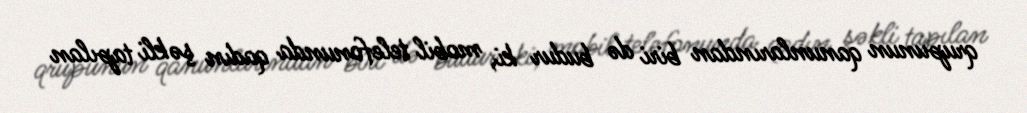
qrupunun qanunlarından biri də budur ki, mobil telefonunda qadın şəkli tapılan